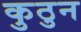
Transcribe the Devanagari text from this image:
कुठुन